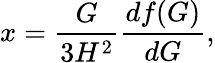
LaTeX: x=\frac{G}{3H^{2}}\frac{df(G)}{dG},